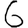
Digit: 6